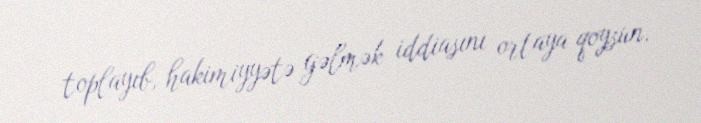
toplayıb, hakimiyyətə gəlmək iddiasını ortaya qoysun.